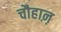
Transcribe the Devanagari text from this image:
चौहाऩ़